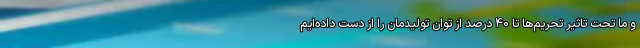
و ما تحت تاثیر تحریم‌ها تا ۴۰ درصد از توان تولیدمان را از دست داده‌ایم